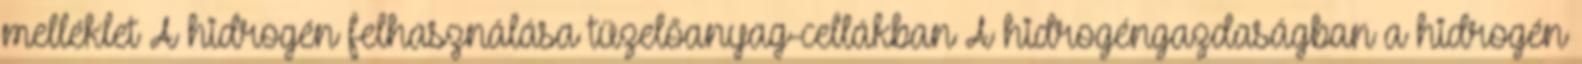
melléklet A hidrogén felhasználása tüzelőanyag-cellákban A hidrogéngazdaságban a hidrogén